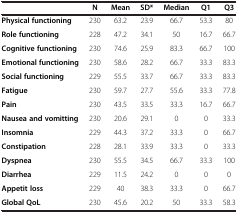
<table><thead><tr><td><b> </b></td><td><b>N</b></td><td><b>Mean</b></td><td><b>SD*</b></td><td><b>Median</b></td><td><b>Q1</b></td><td><b>Q3</b></td></tr></thead><tbody><tr><td><b>Physical functioning</b></td><td>230</td><td>63.2</td><td>23.9</td><td>66.7</td><td>53.3</td><td>80</td></tr><tr><td><b>Role functioning</b></td><td>228</td><td>47.2</td><td>34.1</td><td>50</td><td>16.7</td><td>66.7</td></tr><tr><td><b>Cognitive functioning</b></td><td>230</td><td>74.6</td><td>25.9</td><td>83.3</td><td>66.7</td><td>100</td></tr><tr><td><b>Emotional functioning</b></td><td>230</td><td>58.6</td><td>28.2</td><td>66.7</td><td>33.3</td><td>83.3</td></tr><tr><td><b>Social functioning</b></td><td>229</td><td>55.5</td><td>33.7</td><td>66.7</td><td>33.3</td><td>83.3</td></tr><tr><td><b>Fatigue</b></td><td>230</td><td>59.7</td><td>27.7</td><td>55.6</td><td>33.3</td><td>77.8</td></tr><tr><td><b>Pain</b></td><td>230</td><td>43.5</td><td>33.5</td><td>33.3</td><td>16.7</td><td>66.7</td></tr><tr><td><b>Nausea and vomitting</b></td><td>230</td><td>20.6</td><td>29.1</td><td>0</td><td>0</td><td>33.3</td></tr><tr><td><b>Insomnia</b></td><td>229</td><td>44.3</td><td>37.2</td><td>33.3</td><td>0</td><td>66.7</td></tr><tr><td><b>Constipation</b></td><td>228</td><td>28.1</td><td>33.9</td><td>33.3</td><td>0</td><td>33.3</td></tr><tr><td><b>Dyspnea</b></td><td>230</td><td>55.5</td><td>34.5</td><td>66.7</td><td>33.3</td><td>100</td></tr><tr><td><b>Diarrhea</b></td><td>229</td><td>11.5</td><td>24.2</td><td>0</td><td>0</td><td>0</td></tr><tr><td><b>Appetit loss</b></td><td>229</td><td>40</td><td>38.3</td><td>33.3</td><td>0</td><td>66.7</td></tr><tr><td><b>Global QoL</b></td><td>230</td><td>45.6</td><td>20.2</td><td>50</td><td>33.3</td><td>58.3</td></tr></tbody></table>